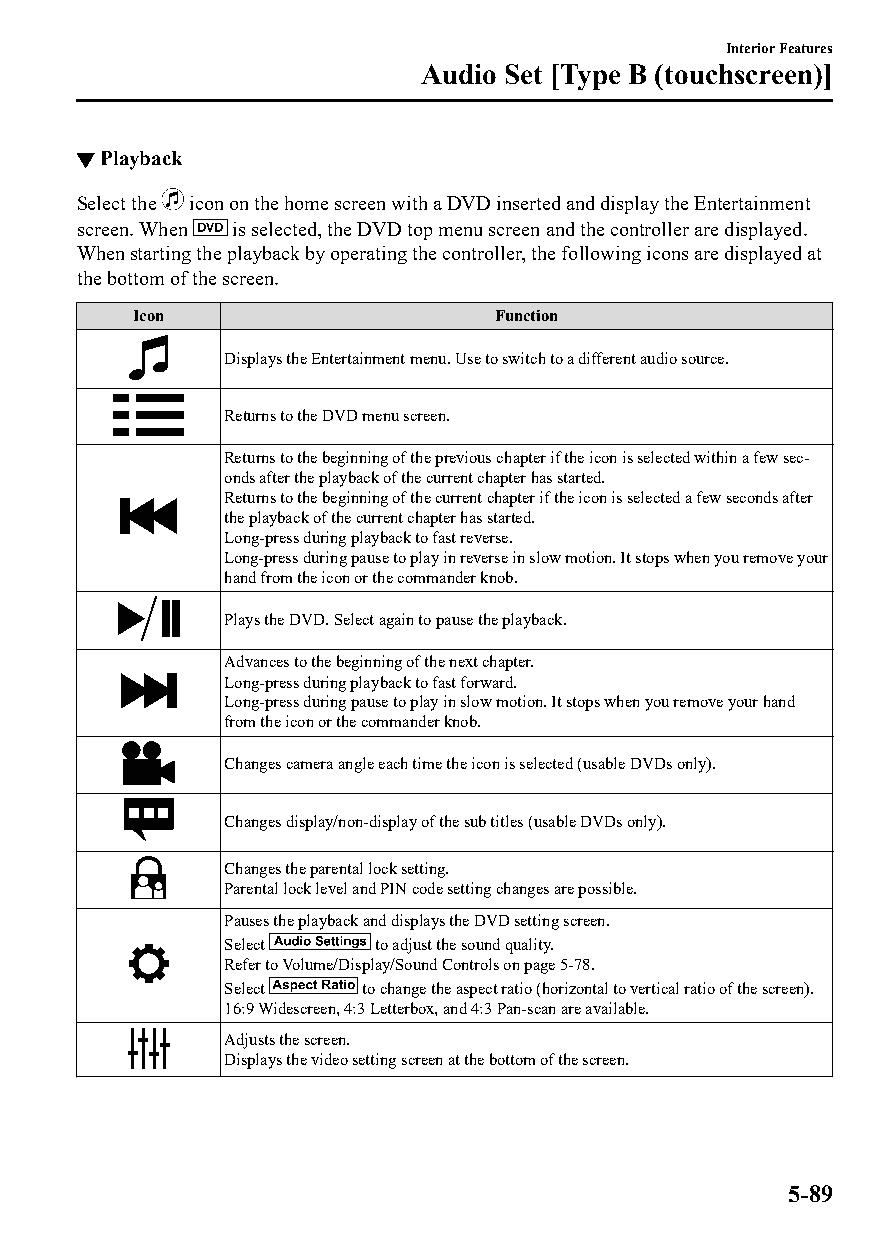
Interior Features
 Audio Set [Type B (touchscreen)]
 ▼Playback
 Select the icon on the home screen with a DVD inserted and display the Entertainment
 screen. When is selected, the DVD top menu screen and the controller are displayed.
 When starting the playback by operating the controller, the following icons are displayed at
 the bottom of the screen.
 Icon                   Function
 Displays the Entertainment menu. Use to switch to a different audio source.
 Returns to the DVD menu screen.
 Returns to the beginning of the previous chapter if the icon is selected within a few sec‐
 onds after the playback of the current chapter has started.
 Returns to the beginning of the current chapter if the icon is selected a few seconds after
 the playback of the current chapter has started.
 Long-press during playback to fast reverse.
 Long-press during pause to play in reverse in slow motion. It stops when you remove your
 hand from the icon or the commander knob.
 Plays the DVD. Select again to pause the playback.
 Advances to the beginning of the next chapter.
 Long-press during playback to fast forward.
 Long-press during pause to play in slow motion. It stops when you remove your hand
 from the icon or the commander knob.
 Changes camera angle each time the icon is selected (usable DVDs only).
 Changes display/non-display of the sub titles (usable DVDs only).
 Changes the parental lock setting.
 Parental lock level and PIN code setting changes are possible.
 Pauses the playback and displays the DVD setting screen.
 Select    to adjust the sound quality.
 Refer to Volume/Display/Sound Controls on page 5-78.
 Select   to change the aspect ratio (horizontal to vertical ratio of the screen).
 16:9 Widescreen, 4:3 Letterbox, and 4:3 Pan-scan are available.
 Adjusts the screen.
 Displays the video setting screen at the bottom of the screen.
 5-89
 CX-3_8GT4-EE-18D_Edition4                  2018-9-6 18:32:19